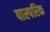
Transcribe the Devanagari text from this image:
पास्‍परिक